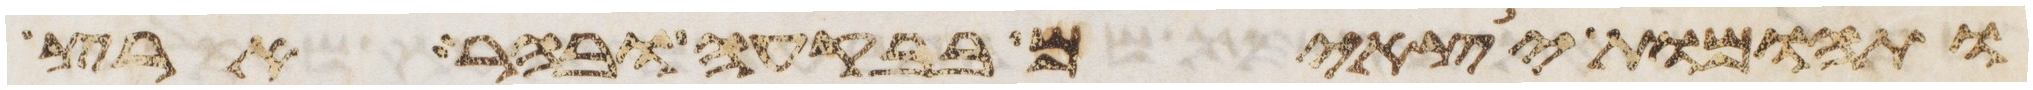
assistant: תהומות יצאים בבקעה ובהר ארץ